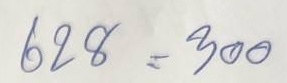
628 = 300